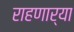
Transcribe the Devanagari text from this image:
राहणार्या